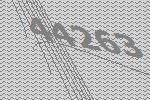
44263